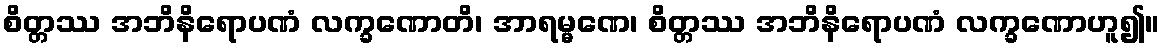
စိတ္တဿ အဘိနိရောပဏံ လက္ခဏောတိ၊ အာရမ္မဏေ၊ စိတ္တဿ အဘိနိရောပဏံ လက္ခဏောဟူ၍။